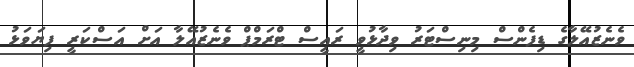
ވެނެޒުއޭލާގެ ޑިފެންސް މިނިސްޓަރު ވިދާޅުވީ ރައީސް ޓްރަމްޕް ވެނެޒުއޭލާ އަށް އަސްކަރީ ފިޔަވަޅު